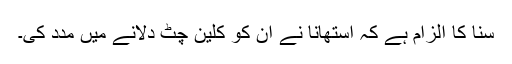
سنا کا الزام ہے کہ استھانا نے ان کو کلین چٹ دلانے میں مدد کی۔